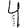
Digit: 4